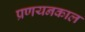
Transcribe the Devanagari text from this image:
प्रणयनकाल